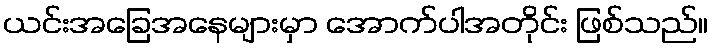
ယင်းအခြေအနေများမှာ အောက်ပါအတိုင်း ဖြစ်သည်။